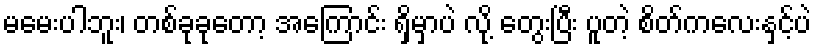
မမေးပါဘူး၊ တစ်ခုခုတော့ အကြောင်း ရှိမှာပဲ လို့ တွေးပြီး ပူတဲ့ စိတ်ကလေးနှင့်ပဲ